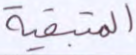
المتبقية